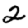
Digit: 2